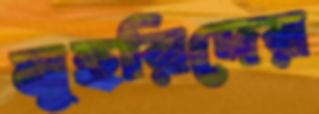
মুহরিদের